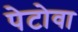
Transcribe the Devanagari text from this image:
पेटोवा